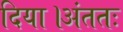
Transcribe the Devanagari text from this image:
दिया।अंततः